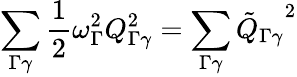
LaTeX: \sum_{\Gamma\gamma}\frac{1}{2}\omega_{\Gamma}^{2}Q_{\Gamma\gamma}^{2}=\sum_{\Gamma\gamma}{{\tilde{Q}}_{\Gamma\gamma}}^{2}